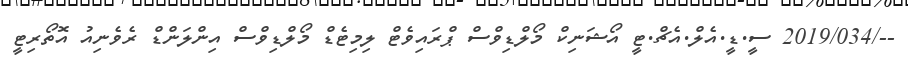
--/2019/034 ސީ.ޑީ.އެލް.އެޗް.ޓީ އޯޝަނިކް މޯލްޑިވްސް ޕްރައިވެޓް ލިމިޓެޑް މޯލްޑިވްސް އިންލަންޑް ރެވެނިއު އޮތޯރިޓީ